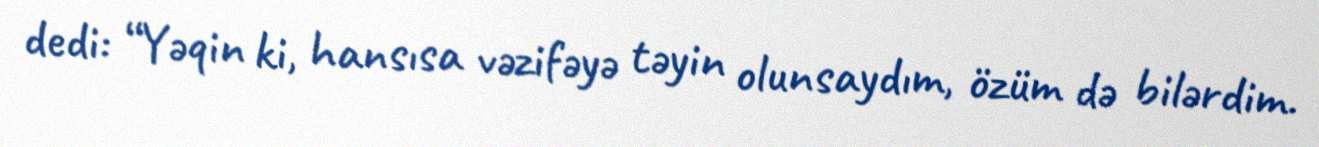
dedi: “Yəqin ki, hansısa vəzifəyə təyin olunsaydım, özüm də bilərdim.